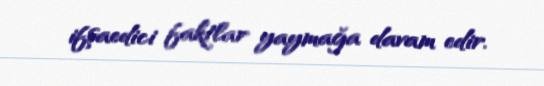
ifşaedici faktlar yaymağa davam edir.